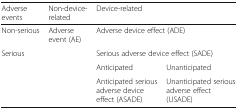
<table><thead><tr><td><b>Adverse events</b></td><td><b>Non-device-related</b></td><td colspan="2"><b>Device-related</b></td></tr></thead><tbody><tr><td>Non-serious</td><td>Adverse event (AE)</td><td colspan="2">Adverse device effect (ADE)</td></tr><tr><td rowspan="3">Serious</td><td rowspan="3"></td><td colspan="2">Serious adverse device effect (SADE)</td></tr><tr><td>Anticipated</td><td>Unanticipated</td></tr><tr><td>Anticipated serious adverse device effect (ASADE)</td><td>Unanticipated serious adverse effect (USADE)</td></tr></tbody></table>